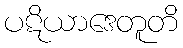
ပဋိယာဒေတူတိ